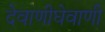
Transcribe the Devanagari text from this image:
देवाणीघेवाणी